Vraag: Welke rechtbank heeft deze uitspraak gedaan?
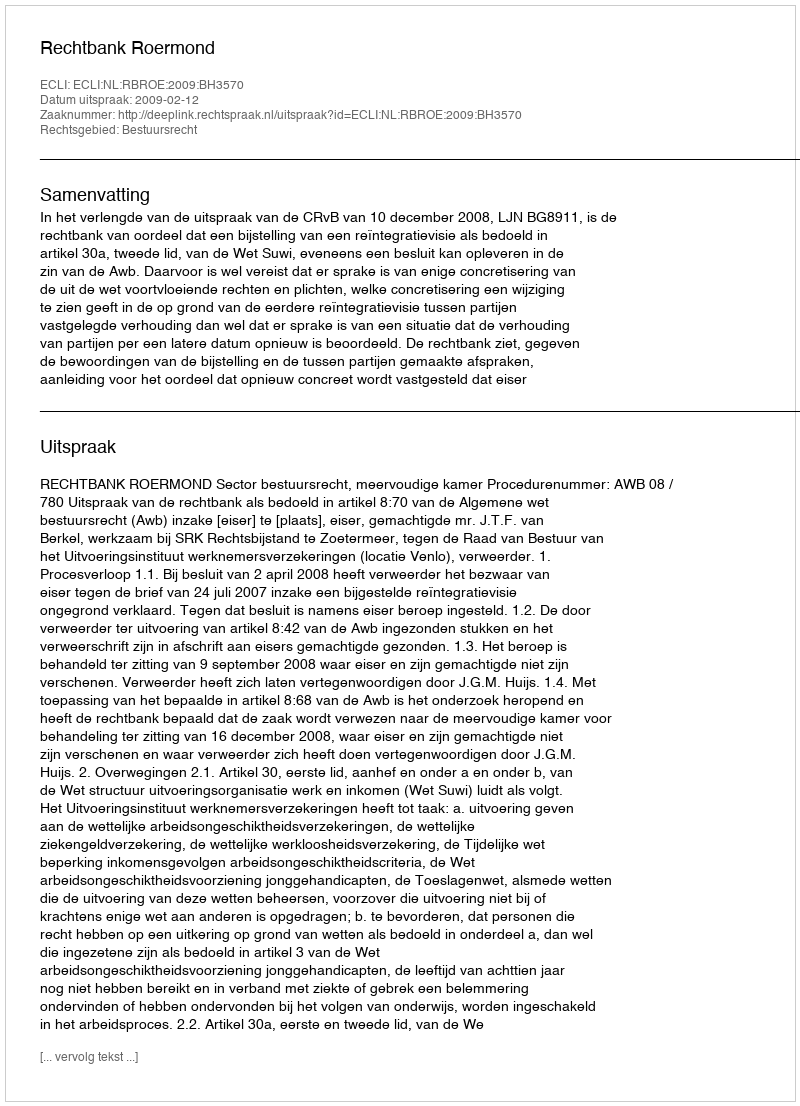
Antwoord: Rechtbank Roermond